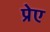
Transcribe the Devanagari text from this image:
प्रेए